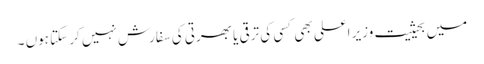
میں بحیثیت وزیر اعلی بھی کسی کی ترقی یا بھرتی کی سفارش نہیں کر سکتا ہوں ۔